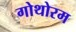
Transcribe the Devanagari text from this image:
गोथोरम